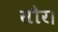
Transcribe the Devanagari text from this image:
सौर।